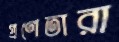
প্রণেতারা